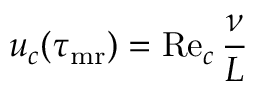
u _ { c } ( \tau _ { { \mathrm { m r } } } ) = \mathrm { R e } _ { c } \, \frac { \nu } { L }